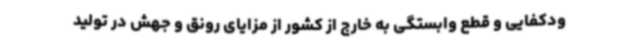
ودکفایی و قطع وابستگی به خارج از کشور از مزایای رونق و جهش در تولید